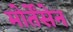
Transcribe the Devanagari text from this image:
मोर्तेंसेन